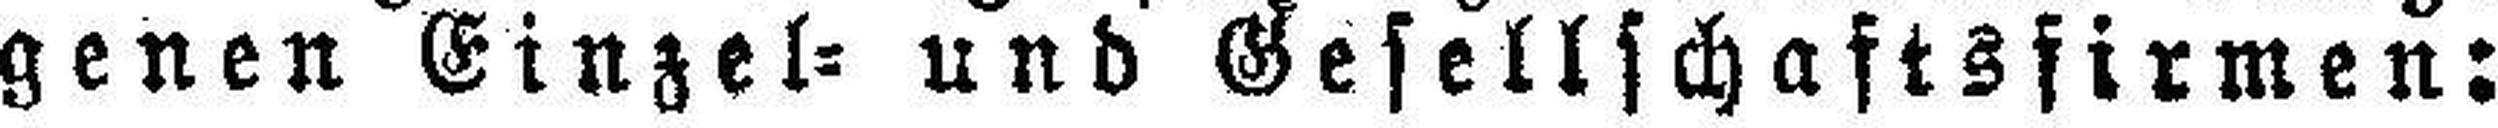
genen Einzel= und Gesellschaftsfirmen: